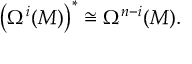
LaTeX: \left( \Omega ^ { i } ( M ) \right) ^ { * } \cong \Omega ^ { n - i } ( M ) .